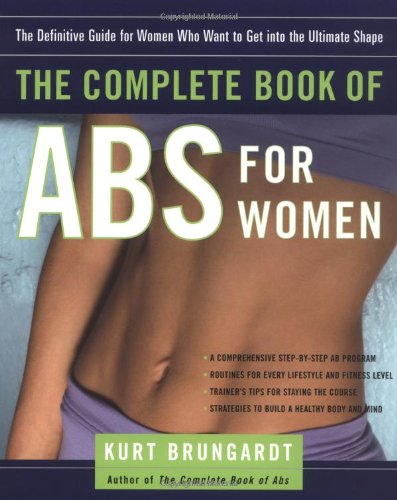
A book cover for The Complete Book of Abs for Women: The Definitive Guide for Women Who Want to Get into the Ultimate Shape; Kurt Brungardt; Health, Fitness & Dieting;